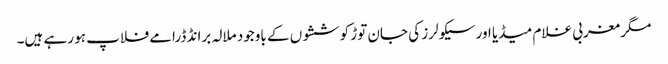
مگر مغربی غلام میڈیا اور سیکولرز کی جان توڑ کوششوں کے باوجود ملالہ برانڈ ڈرامے فلاپ ہو رہے ہیں۔